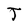
Character: J